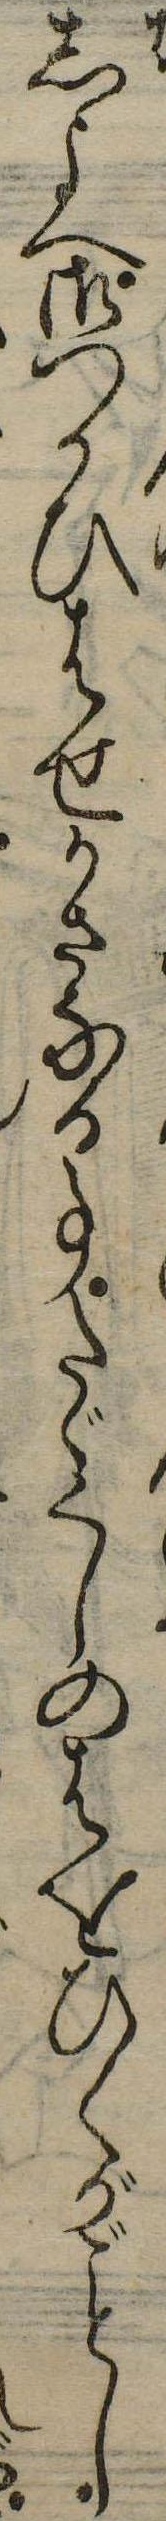
しよへ御つかひはせかさなる事たゞくしのはをひくがし